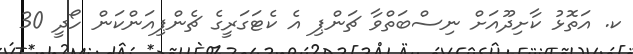
ކ. އަތޮޅު ކާށިދޫއަށް ނިސްބަތްވާ ޗަންޕި އެ ކެޓަގަރީގެ ޗެންޕިއަންކަން ހޯދީ 30